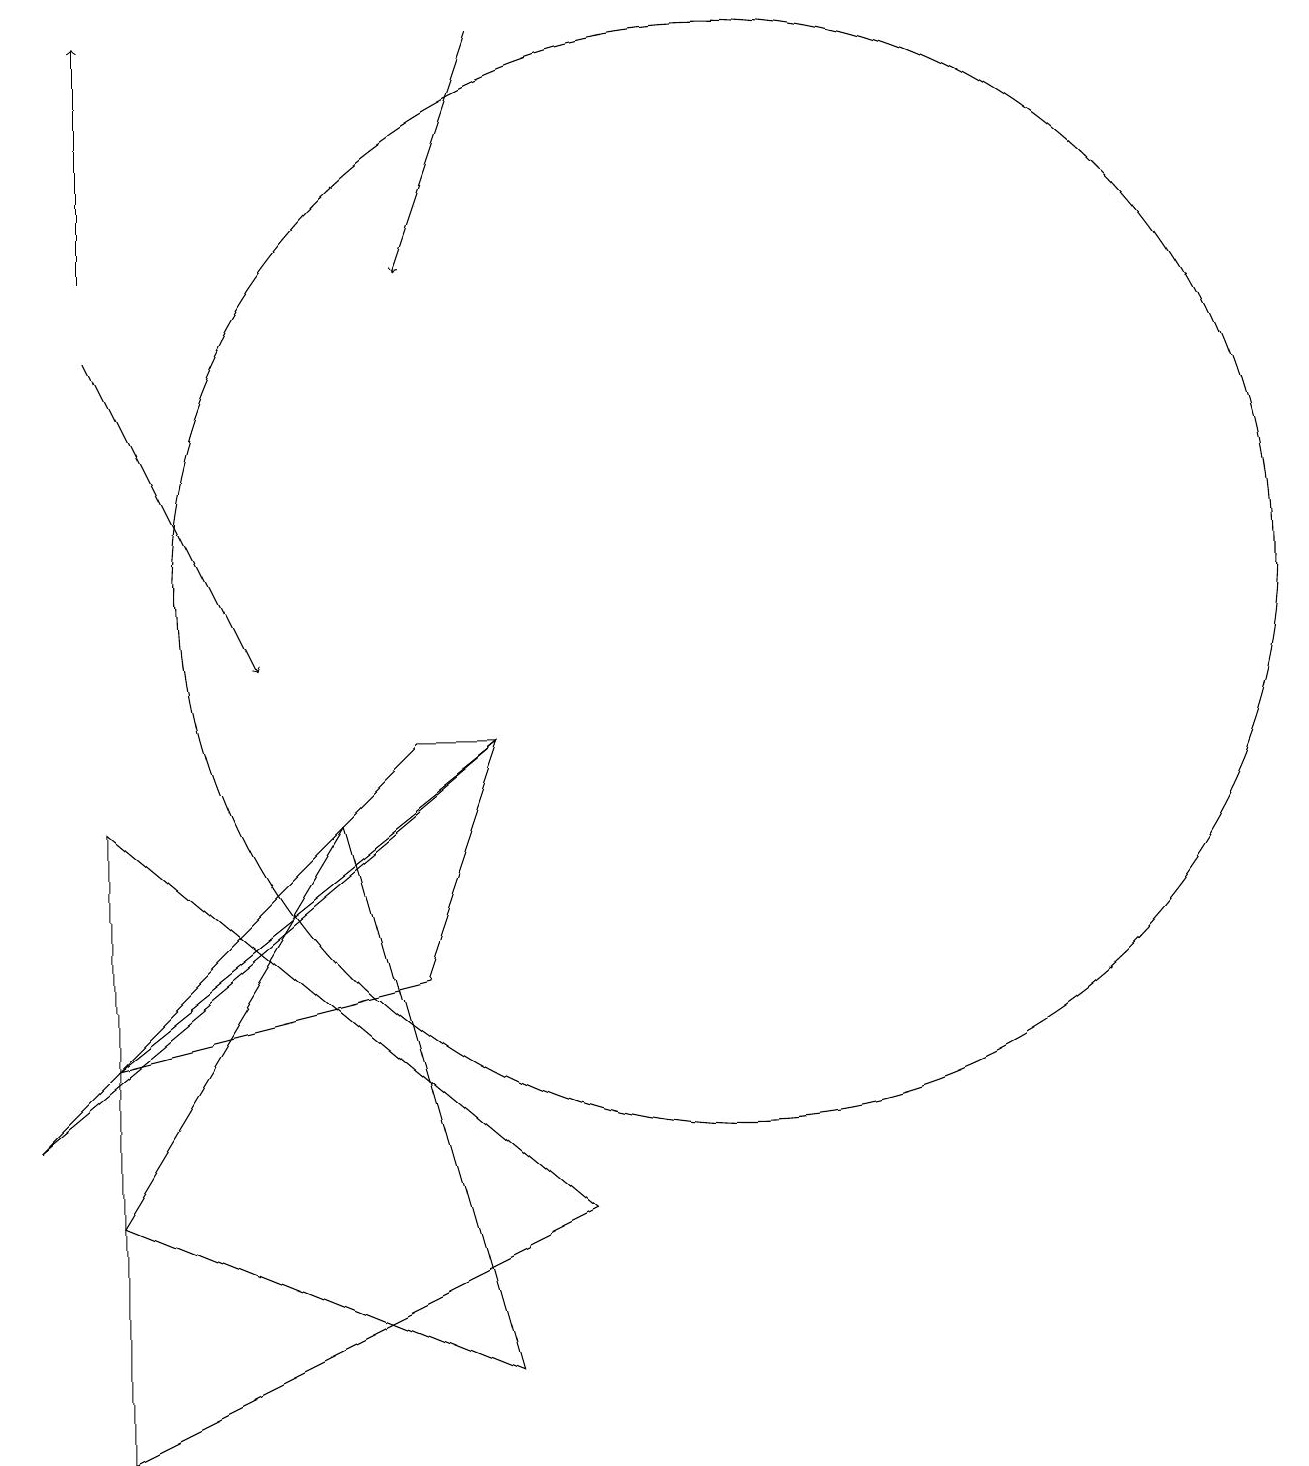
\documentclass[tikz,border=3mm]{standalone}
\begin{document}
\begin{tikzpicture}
\draw (6,8) -- (8,1) -- (3,3) -- cycle;
\draw (3,5) -- (8,9) -- (7,6) -- cycle;
\draw[->] (3,14) -- (5,10);
\draw[->] (8,18) -- (7,15);
\draw[->] (3,15) -- (3,18);
\draw (9,3) -- (3,8) -- (3,0) -- cycle;
\draw (7,9) -- (2,4) -- (8,9) -- cycle;
\draw (11,11) circle (7);
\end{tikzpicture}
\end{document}